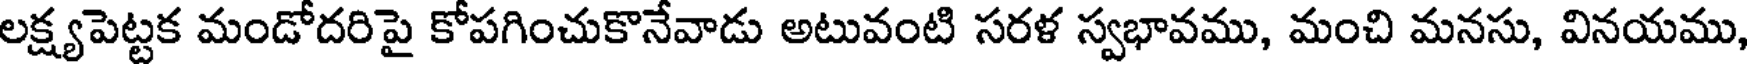
లక్ష్యపెట్టక మండోదరిపై కోపగించుకొనేవాడు అటువంటి సరళ స్వభావము, మంచి మనసు, వినయము,